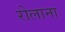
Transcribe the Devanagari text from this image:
रोलाना